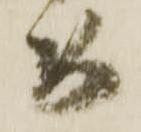
め